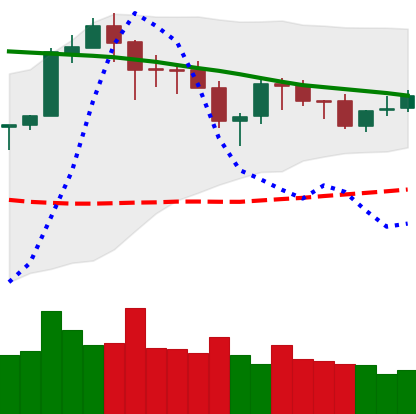
Ticker: ETH-USD
Chart end date: 2018-05-20
Forward return: -17.982%
Label: down_7plus